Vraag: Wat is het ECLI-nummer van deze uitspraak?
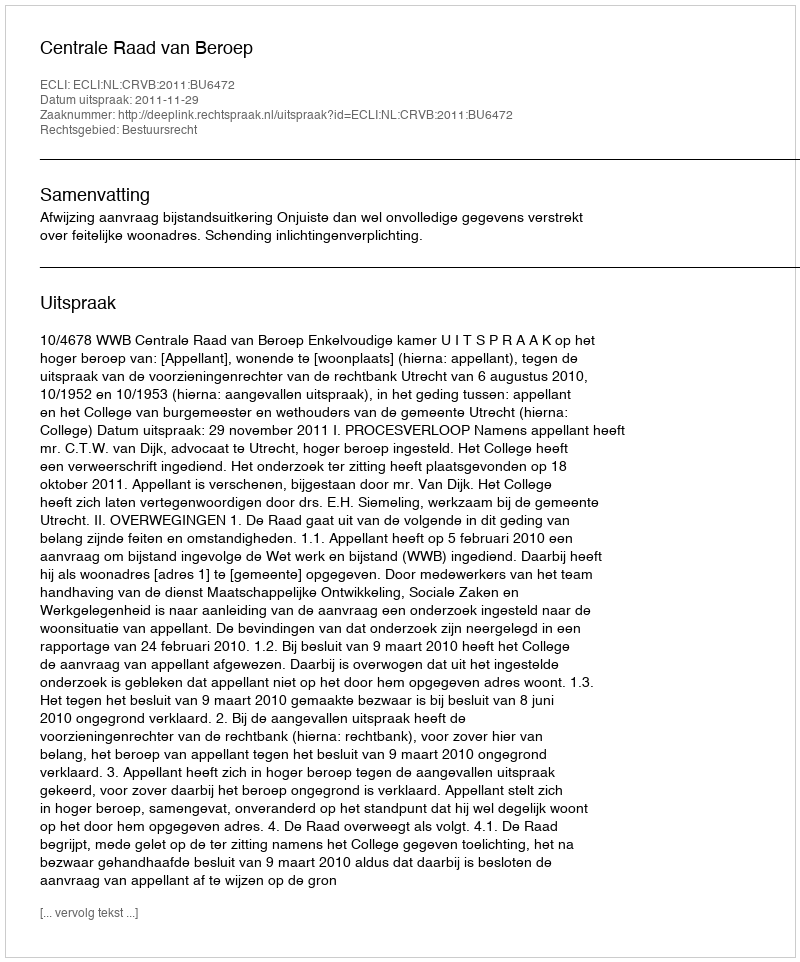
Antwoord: ECLI:NL:CRVB:2011:BU6472